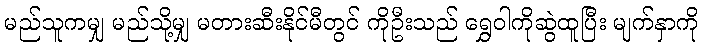
မည်သူကမျှ မည်သို့မျှ မတားဆီးနိုင်မီတွင် ကိုဦးသည် ရွှေဝါကိုဆွဲထူပြီး မျက်နှာကို